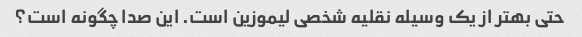
حتی بهتر از یک وسیله نقلیه شخصی لیموزین است. این صدا چگونه است؟